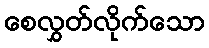
စေလွှတ်လိုက်သော